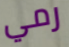
رمي